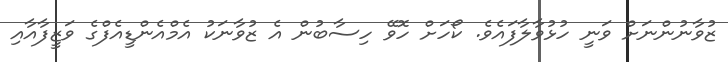
ޒުވާނުންނަށް ވަނީ ހުޅުވާލާފައެވެ. ކޯހަށް ހޮވޭ ހިސާބުން އެ ޒުވާނަކު އެމްއެންޑީއެފްގެ ވަޒީފާއާއި